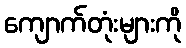
ကျောက်တုံးများကို